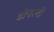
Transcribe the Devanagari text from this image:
डोनरची